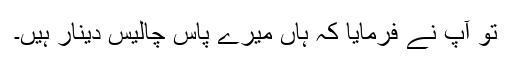
تو آپ نے فرمایا کہ ہاں میرے پاس چالیس دینار ہیں۔